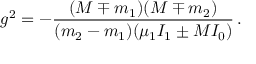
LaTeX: g ^ { 2 } = - \frac { ( M \mp m _ { 1 } ) ( M \mp m _ { 2 } ) } { ( m _ { 2 } - m _ { 1 } ) ( \mu _ { 1 } I _ { 1 } \pm M I _ { 0 } ) } \, .